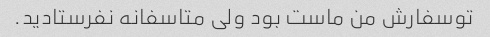
تو‌سفارش من ماست بود ولی متاسفانه نفرستادید.